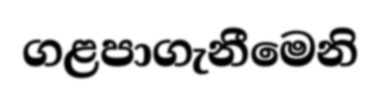
ගළපාගැනීමෙනි